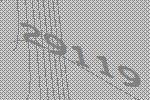
29119